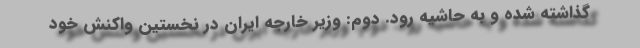
گذاشته شده و به حاشیه رود. دوم: وزیر خارجه ایران در نخستین واکنش خود